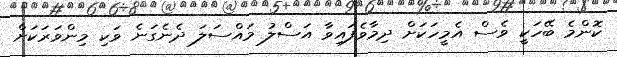
ކޮންމެ ބޭހަކީ ވެސް އެމީހަކަށް ދިމާވެފައިވާ އަސްލު މައްސަލަ ދެނެގަނެ ވަކި މިންވަރަކަށް